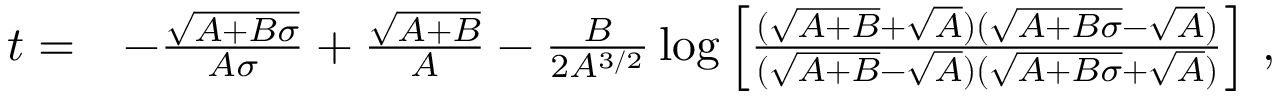
\begin{array} { r l } { t = } & { - \frac { \sqrt { A + B \sigma } } { A \sigma } + \frac { \sqrt { A + B } } { A } - \frac { B } { 2 A ^ { 3 / 2 } } \log \left[ \frac { ( \sqrt { A + B } + \sqrt { A } ) ( \sqrt { A + B \sigma } - \sqrt { A } ) } { ( \sqrt { A + B } - \sqrt { A } ) ( \sqrt { A + B \sigma } + \sqrt { A } ) } \right] \, , } \end{array}